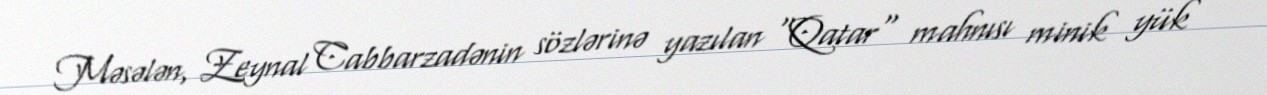
Məsələn, Zeynal Cabbarzadənin sözlərinə yazılan "Qatar" mahnısı minik yük